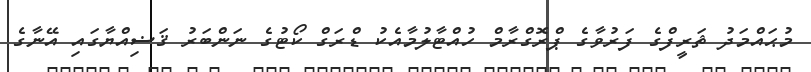
މުޙައްމަދު ޡަރީފްގެ ފަރުވާގެ ޕްރޮގްރާމް ހުއްޓާލުމާއެކު ޑްރަގް ކޯޓުގެ ނަންބަރު ޤަޟިއްޔާގައި އޭނާގެ